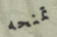
تمنحه